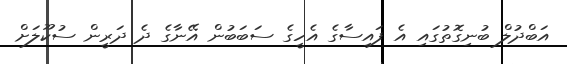
އަބްދުލް ބުނިގޮތުގައި އެ ފައިސާގެ އެހީގެ ސަބަބުން އޭނާގެ ދެ ދަރީން ސުކޫލަށް